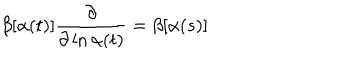
\beta [ \alpha ( t ) ] \frac { \partial } { \partial \ln \alpha ( t ) } = \beta [ \alpha ( s ) ]